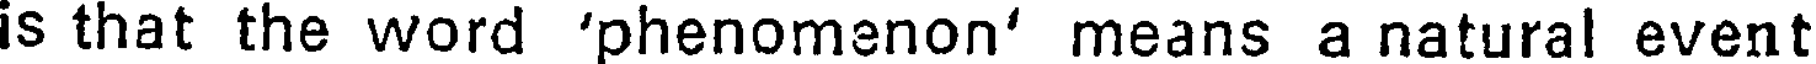
is that the word 'phenomenon' means a natural event